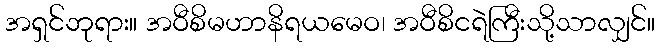
အရှင်ဘုရား။ အဝီစိမဟာနိရယမေဝ၊ အဝီစိငရဲကြီးသို့သာလျှင်။